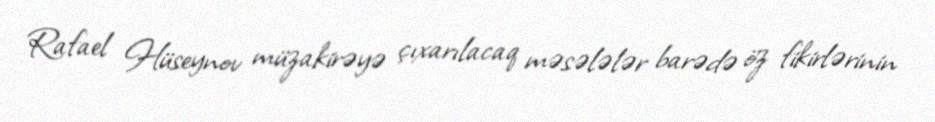
Rafael Hüseynov müzakirəyə çıxarılacaq məsələlər barədə öz fikirlərinin